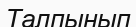
Талпынып